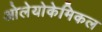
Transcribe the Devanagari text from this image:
ओलेयोकेमिकल